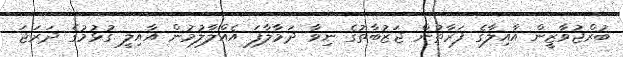
ބުރްޖުވާޒީން އާއިލާގެ ފަރާތުން ޖަޒުބާތުގެ ނިވާ ދަމާލާފަ އެއްލާލުމުން އާއިލީ ގުޅުމުގެ ދަރަޖަ